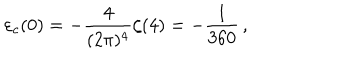
LaTeX: \varepsilon _ { c } ( 0 ) = - \frac { 4 } { ( 2 \pi ) ^ { 4 } } \zeta ( 4 ) = - { \frac { 1 } { 3 6 0 } } \, ,